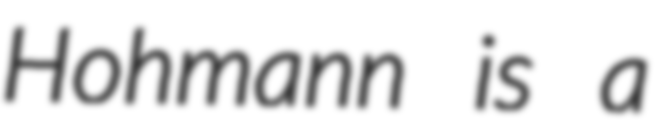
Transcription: Hohmann is a